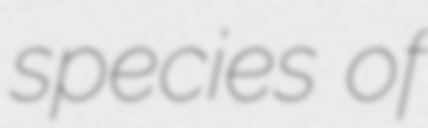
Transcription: species of